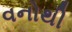
વનોથી